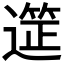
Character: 𮟆